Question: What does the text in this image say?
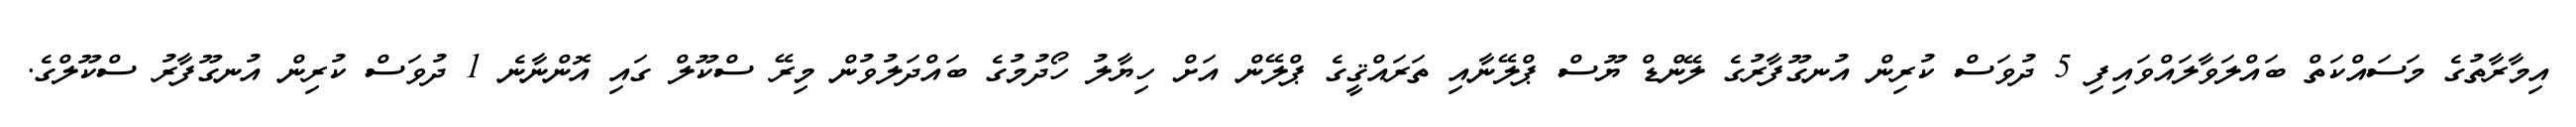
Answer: އިމާރާތުގެ މަސައްކަތް ބައްލަވާލައްވައިފި 5 ދުވަސް ކުރިން އުނގޫފާރުގެ ލޭންޑް ޔޫސް ޕްލޭނާއި ތަރައްޤީގެ ޕްލޭން އަށް ހިޔާލު ހޯދުމުގެ ބައްދަލުވުން މިރޭ ސްކޫލް ގައި އޮންނާނެ 1 ދުވަސް ކުރިން އުނގޫފާރު ސްކޫލްގެ.